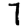
Digit: 7